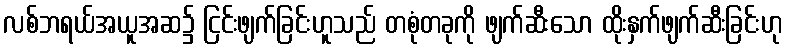
လစ်ဘရယ်အယူအဆ၌ ငြင်းဖျက်ခြင်းဟူသည် တစုံတခုကို ဖျက်ဆီးသော ထိုးနှက်ဖျက်ဆီးခြင်းဟု